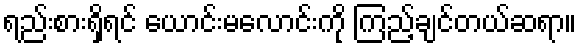
ရည်းစားရှိရင် ယောင်းမလောင်းကို ကြည့်ချင်တယ်ဆရာ။